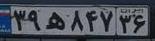
۳۹ه۸۴۷۳۶